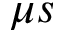
\mu { s }